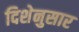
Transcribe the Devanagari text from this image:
दिशेनुसार